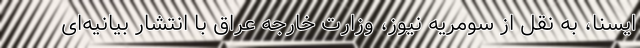
ایسنا، به نقل از سومریه نیوز، وزارت خارجه عراق با انتشار بیانیه‌ای